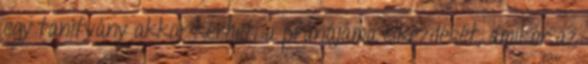
egy tanítvány akkor kérheti a pránájáma elkezdését, amikor az